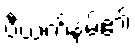
ဗီယက်နမ်၏